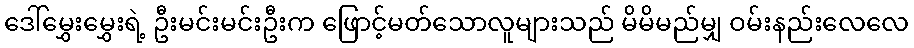
ဒေါ်မွှေးမွှေးရဲ့ ဦးမင်းမင်းဦးက ဖြောင့်မတ်သောလူများသည် မိမိမည်မျှ ဝမ်းနည်းလေလေ